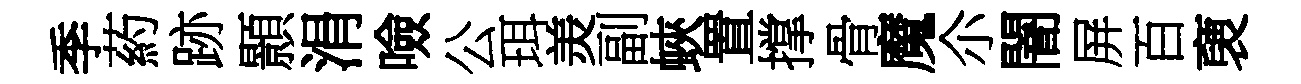
季葯跡顥涓噞公珥羙副蛺置撑骨魔尒闇屏百褏